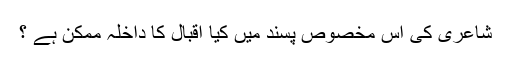
شاعری كی اس مخصوص پسند میں كیا اقبال كا داخلہ ممكن ہے ؟